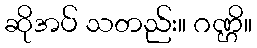
ဆိုအပ် သတည်း။ ဂဏ္ဌိ။